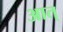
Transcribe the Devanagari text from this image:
आत्